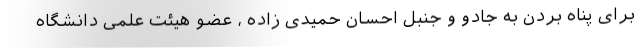
برای پناه بردن به جادو و جنبل احسان حمیدی زاده ، عضو هیئت علمی دانشگاه